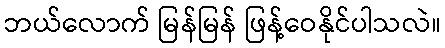
ဘယ်လောက် မြန်မြန် ဖြန့်ဝေနိုင်ပါသလဲ။